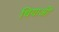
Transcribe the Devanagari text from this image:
थियाओं